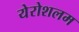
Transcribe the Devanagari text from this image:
येरोशलम